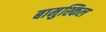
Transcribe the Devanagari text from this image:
बामुश्किल